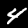
Label: 4